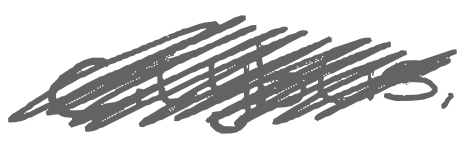
Text: Citybus,
Cross-out: mix
Writing tool: digital_gray